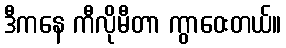
ဒီကနေ ကီလိုမီတာ ကွာဝေးတယ်။